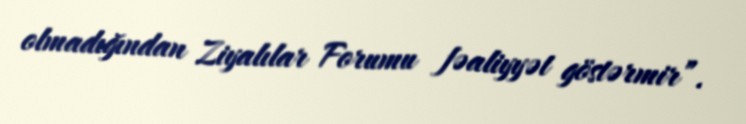
olmadığından Ziyalılar Forumu fəaliyyət göstərmir”.